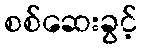
စစ်ဆေးခွင့်